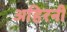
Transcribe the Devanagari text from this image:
अहिरनी